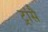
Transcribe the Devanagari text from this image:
ट्रांसै